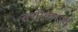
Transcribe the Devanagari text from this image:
वशीकरण।